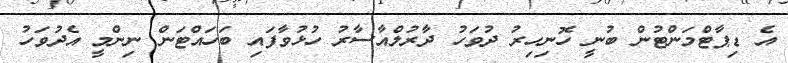
އެ ޑިޕާޓްމަންޓުން ބުނީ ހޮނިހިރު ދުވަހު ދާރުލްއާސާރު ހުޅުވާފައި ބަހައްޓަން ނިންމީ އެދުވަހު